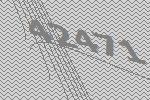
42471